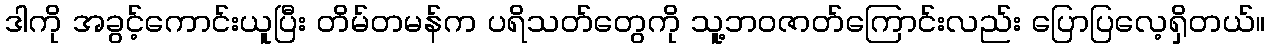
ဒါကို အခွင့်ကောင်းယူပြီး တိမ်တမန်က ပရိသတ်တွေကို သူ့ဘဝဇာတ်ကြောင်းလည်း ပြောပြလေ့ရှိတယ်။